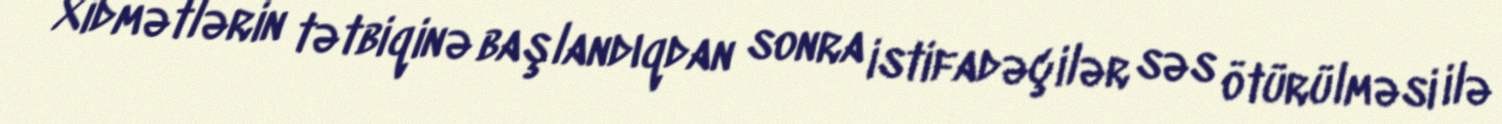
Xidmətlərin tətbiqinə başlandıqdan sonra istifadəçilər səs ötürülməsi ilə